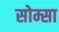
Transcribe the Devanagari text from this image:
सोम्सा